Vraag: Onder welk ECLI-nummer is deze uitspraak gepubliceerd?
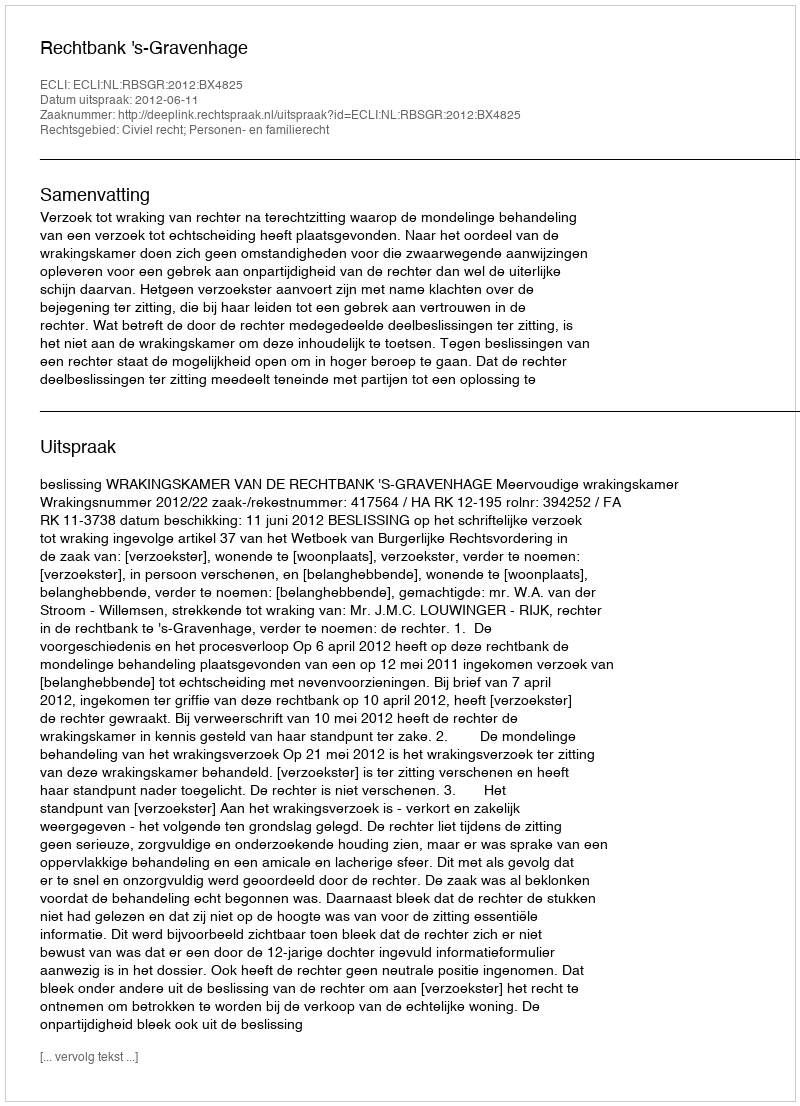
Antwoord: ECLI:NL:RBSGR:2012:BX4825